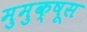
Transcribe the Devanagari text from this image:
मुमुक्षूस